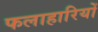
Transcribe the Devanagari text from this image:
फलाहारियों